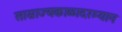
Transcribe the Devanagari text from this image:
साम्राज्यकाळादरम्यान